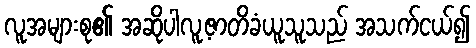
လူအများစု၏ အဆိုပါလူ့ဇာတိခံယူသူသည် အသက်ငယ်၍